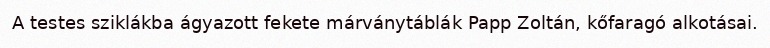
A testes sziklákba ágyazott fekete márványtáblák Papp Zoltán, kőfaragó alkotásai.